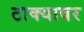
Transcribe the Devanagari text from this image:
टाक्यावर